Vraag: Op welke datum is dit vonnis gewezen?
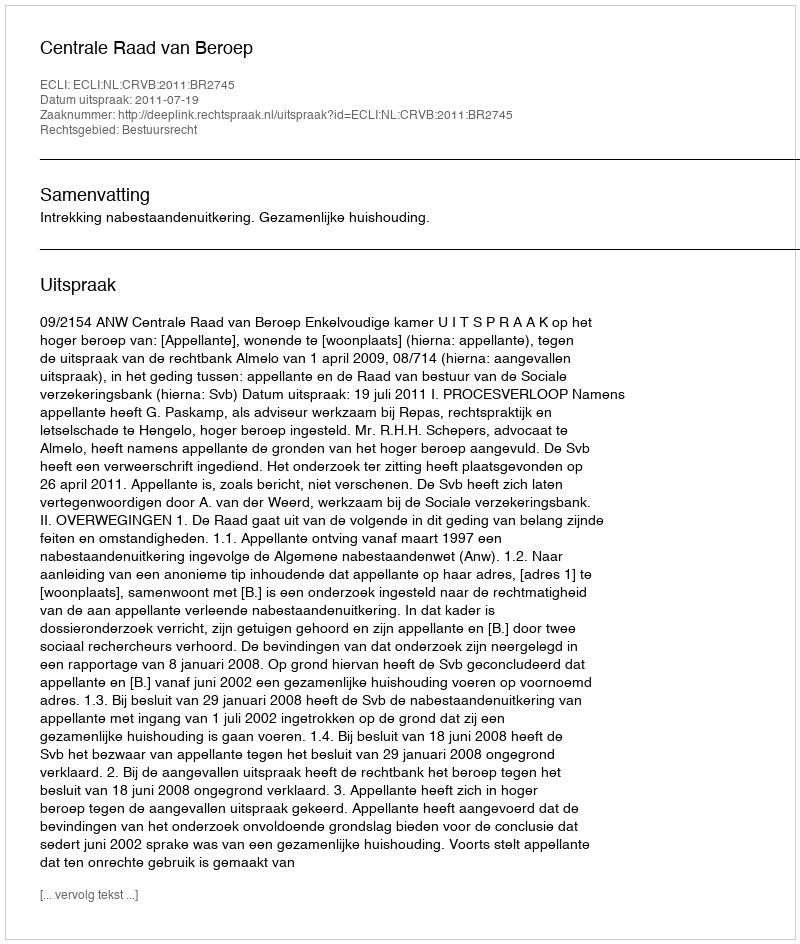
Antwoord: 2011-07-19